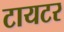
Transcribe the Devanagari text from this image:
टायटर